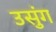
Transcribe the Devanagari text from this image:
उसुंग